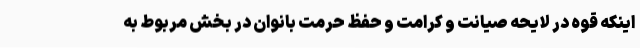
اینکه قوه در لایحه صیانت و کرامت و حفظ حرمت بانوان در بخش مربوط به